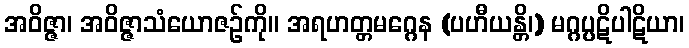
အဝိဇ္ဇာ၊ အဝိဇ္ဇာသံယောဇဉ်ကို။ အရဟတ္တမဂ္ဂေန (ပဟီယန္တိ၊) မဂ္ဂပ္ပဋိပါဋိယာ၊